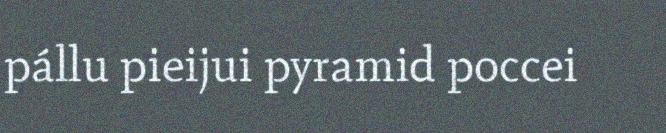
pállu pieijui pyramid poccei